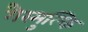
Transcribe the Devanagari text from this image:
गैरमुल्कि